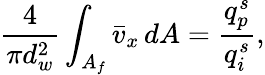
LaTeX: \frac{4}{\pi d_{w}^{2}}\int_{A_{f}}\bar{v}_{x}\, dA=\frac{q_{p}^{s}}{q_{i}^{s}},